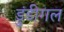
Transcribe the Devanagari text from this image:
डुंडीगल